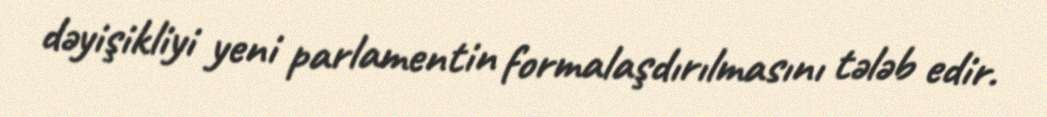
dəyişikliyi yeni parlamentin formalaşdırılmasını tələb edir.